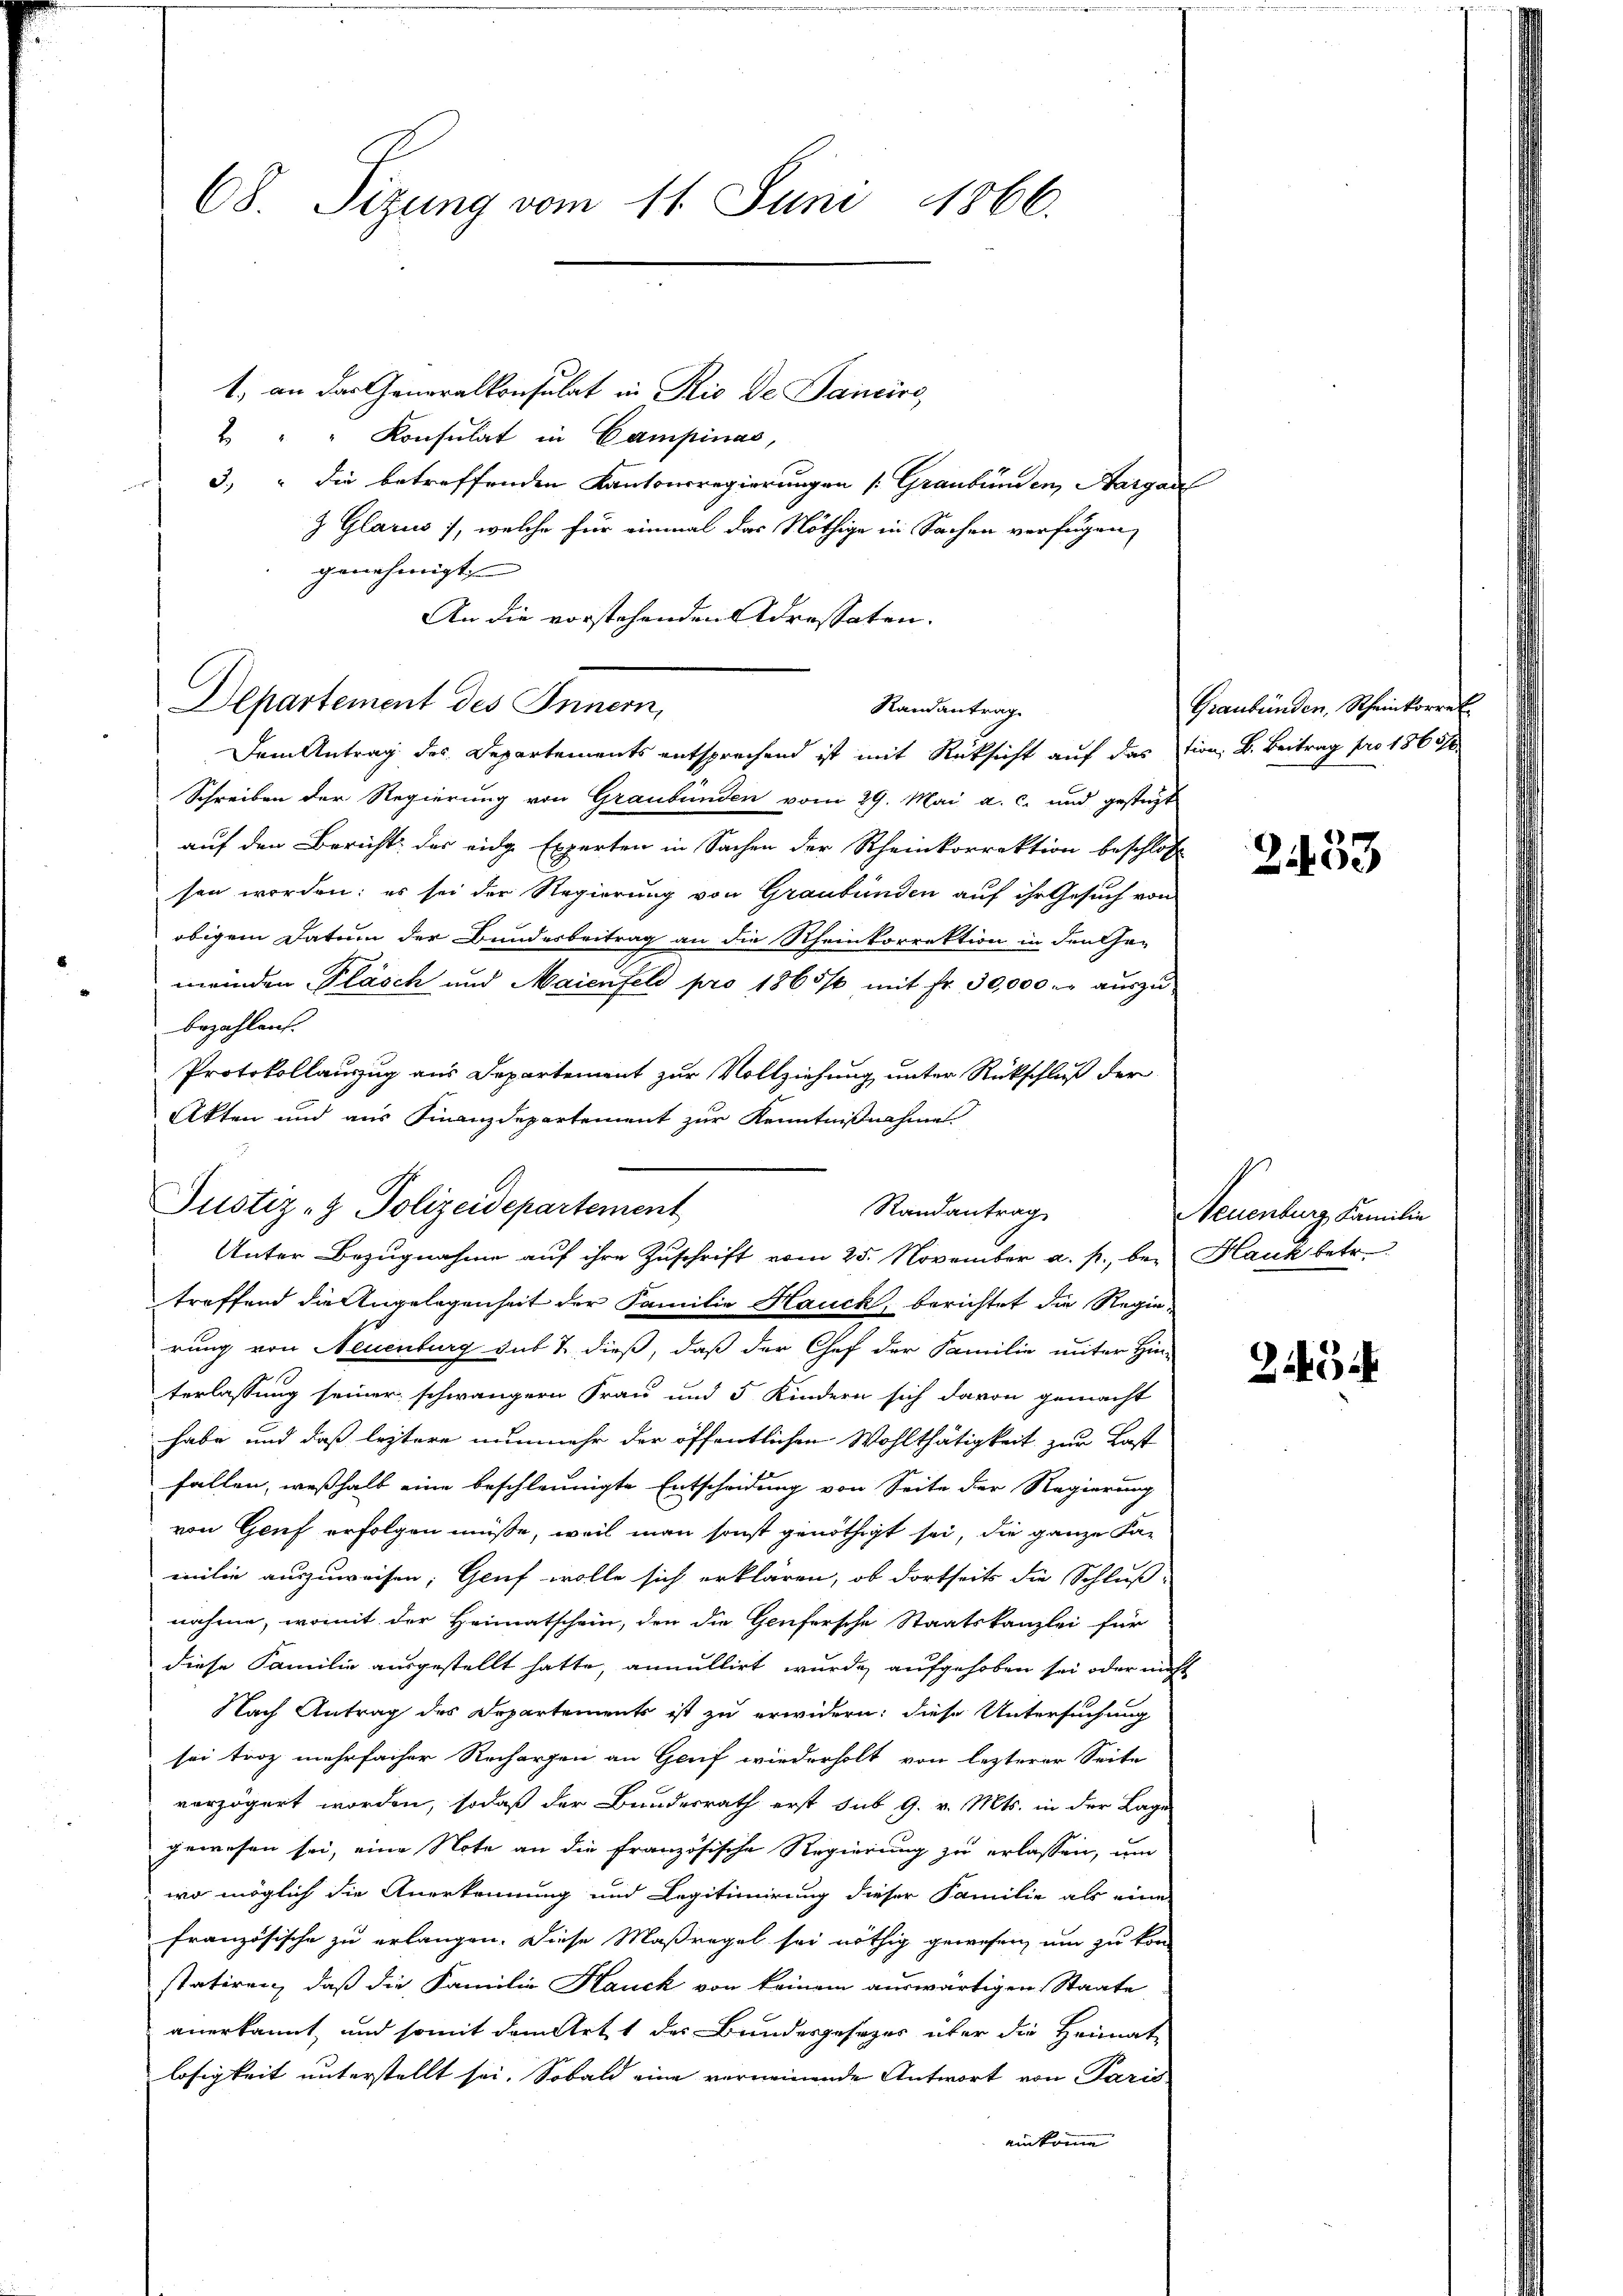
68. Sizung vom 11. Juni 1866.

1. an das Generalkonsulat in Rio de Jancire
2 " " Konsulat in Campinas,
3.) " die betreffenden Kantonsregierungen (Graubünden, Aargau
& Glarus), welche für einmal das Nöthige in Sachen verfügen,
genehmigt
An die vorstehenden Adressaten.

Schreiben der Regierung von Graubünden vom 29. Mai a. c. und gestüzt
auf den Bericht des eidg Experten in Sachen der Rheinkorrektion beschloss
sen worden: es sei der Regierung von Graubünden auf ihr Gesuch von
obigem Datum der Bundesbeitrag an die Rheinkorrektion in den Ge-
meinden Pläsch und Maienfeld pro 1865/6 mit Fr. 30,000. aŭszŭ-
bezahlen.
Protokollauszug aus Departement zur Vollziehung unter Rückschluß der
Akten und aus Finanzdepartement zur Kenntnißnahme

Departement des Innern,
Randantrag
Dem Antrag des Departements entsprechend ist mit Rücksicht auf das tion, B. Beitrag pro 1860/

Justiz- & Polizeidepartement
Randantrag
Unter Bezugnahme auf ihre Zuschrift vom 25. November a. p., bei Hauk betr.

treffend die Angelegenheit der Familie Hauck, berichtet die Regie-
rung von Neuenburg das & dieß, daß der Chef der Familie unter Hin-
terlassung seiner schwängern Frau und 5 Kindern sich davon gemacht
habe und daß leztere nunmehr der öffentlichen Wohlthätigkeit zur Last
fallen, weßhalb eine beschleunigte Entscheidung von Seite der Regierung
von Genf erfolgen müsse, weil man sonst genöthigt sei, die ganze Fa-
milie auszuweisen; Gluf wolle sich erklären, ob dortseits die Schluß
nahme, womit der Heimatschein, den die Genfersche Staatskanzlei für
diese Familie ausgestellt hatte, annullirt wurde aufgehoben sei oder nicht
Nach Antrag des Departements ist zu erwidern: diese Untersuchung
sei troz mehrfacher Rechargen an Genf wiederholt von lezterer Seite
verzögert worden, sodaß der Bundesrath erst sub 9. v. Mts. in der Lage
gewesen sei, eine Note an die französische Regierung zu erlassen, um
wo möglich die Anerkennung und Legitimierung dieser Familie als eine
französische zu erlangen. Diese Maßregel sei nöthig gewesen, um zu kon
statiren, daß die Familie Hauch von keinem auswärtigen Staate
anerkannt, und somit dem Artt des Bundesgesezes über die Heimat-
losigkeit unterstellt sei. Sobald eine verneinende Antwort von Paris
einkomme

Graubünden, Rheinkorrek

2433

Neuenburg, Familie

2434